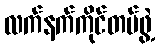
လက်နက်ကိုင်တပ်ဖွဲ့